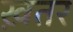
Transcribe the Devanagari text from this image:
ख़तर